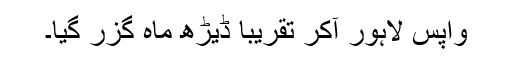
واپس لاہور آکر تقریباً ڈیڑھ ماہ گزر گیا۔